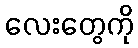
လေးတွေကို